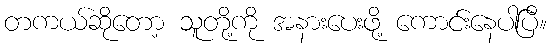
တကယ်ဆိုတော့ သူတို့ကို အနားပေးဖို့ ကောင်းနေပါပြီ။